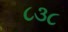
૮૩૮